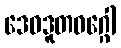
ဒေဝဒူတဝဂ္ဂေါ